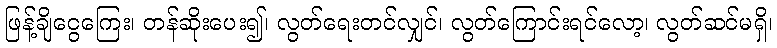
ဖြန့်ချိငွေကြေး၊ တန်ဆိုးပေး၍၊ လွတ်ရေးတင်လျှင်၊ လွတ်ကြောင်းရင်လော့၊ လွတ်ဆင်မရှိ၊